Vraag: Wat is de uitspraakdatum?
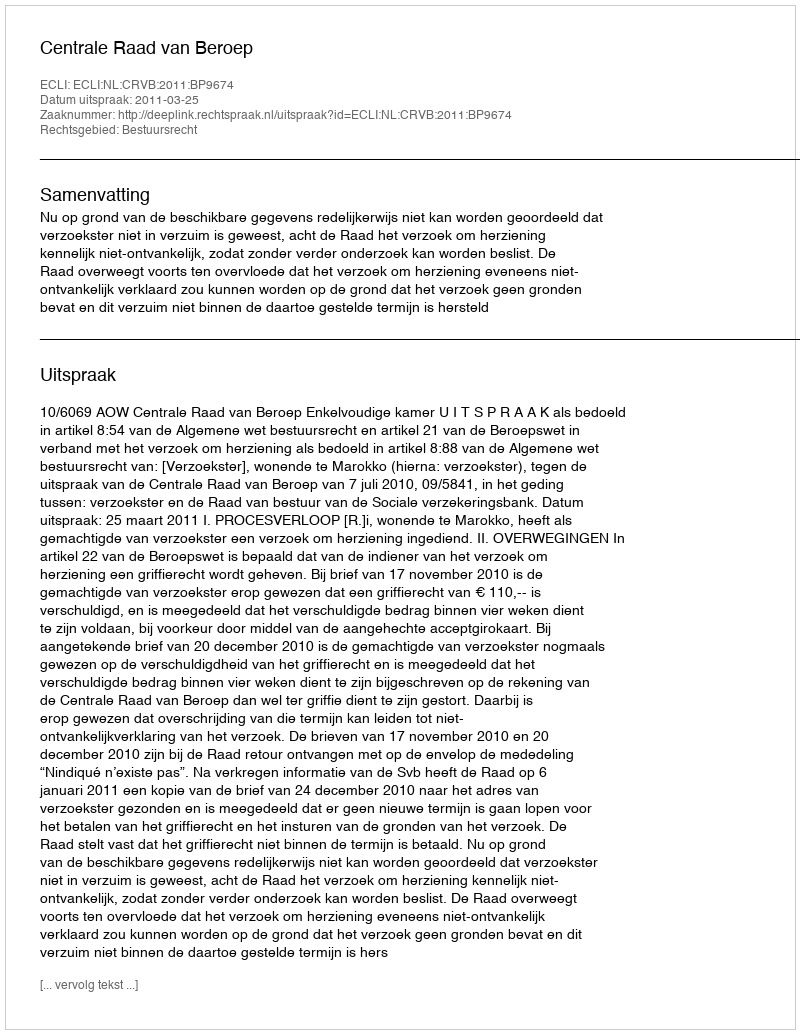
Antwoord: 2011-03-25